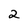
Character: 2